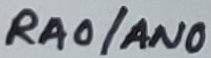
Text: RA0/AN0